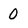
Character: 0